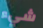
شيء